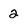
Character: 2